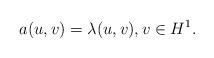
LaTeX: \begin{align*} a(u,v)=\lambda (u,v), v\in H^1.\end{align*}